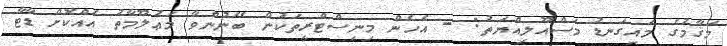
މަޤާމުގެ މައިގަނޑު މަސްއޫލިއްޔަތު: - އެހެން މިނިސްޓްރީތަކުން ބޭނުންވާ މަޢުލޫމާތު އެއްކޮށް ޑާޓާ